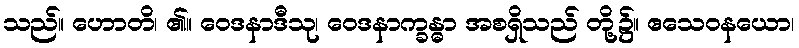
သည်။ ဟောတိ၊ ၏။ ဝေဒနာဒီသု၊ ဝေဒနာက္ခန္ဓာ အစရှိသည် တို့၌။ ဧသေဝနယော၊